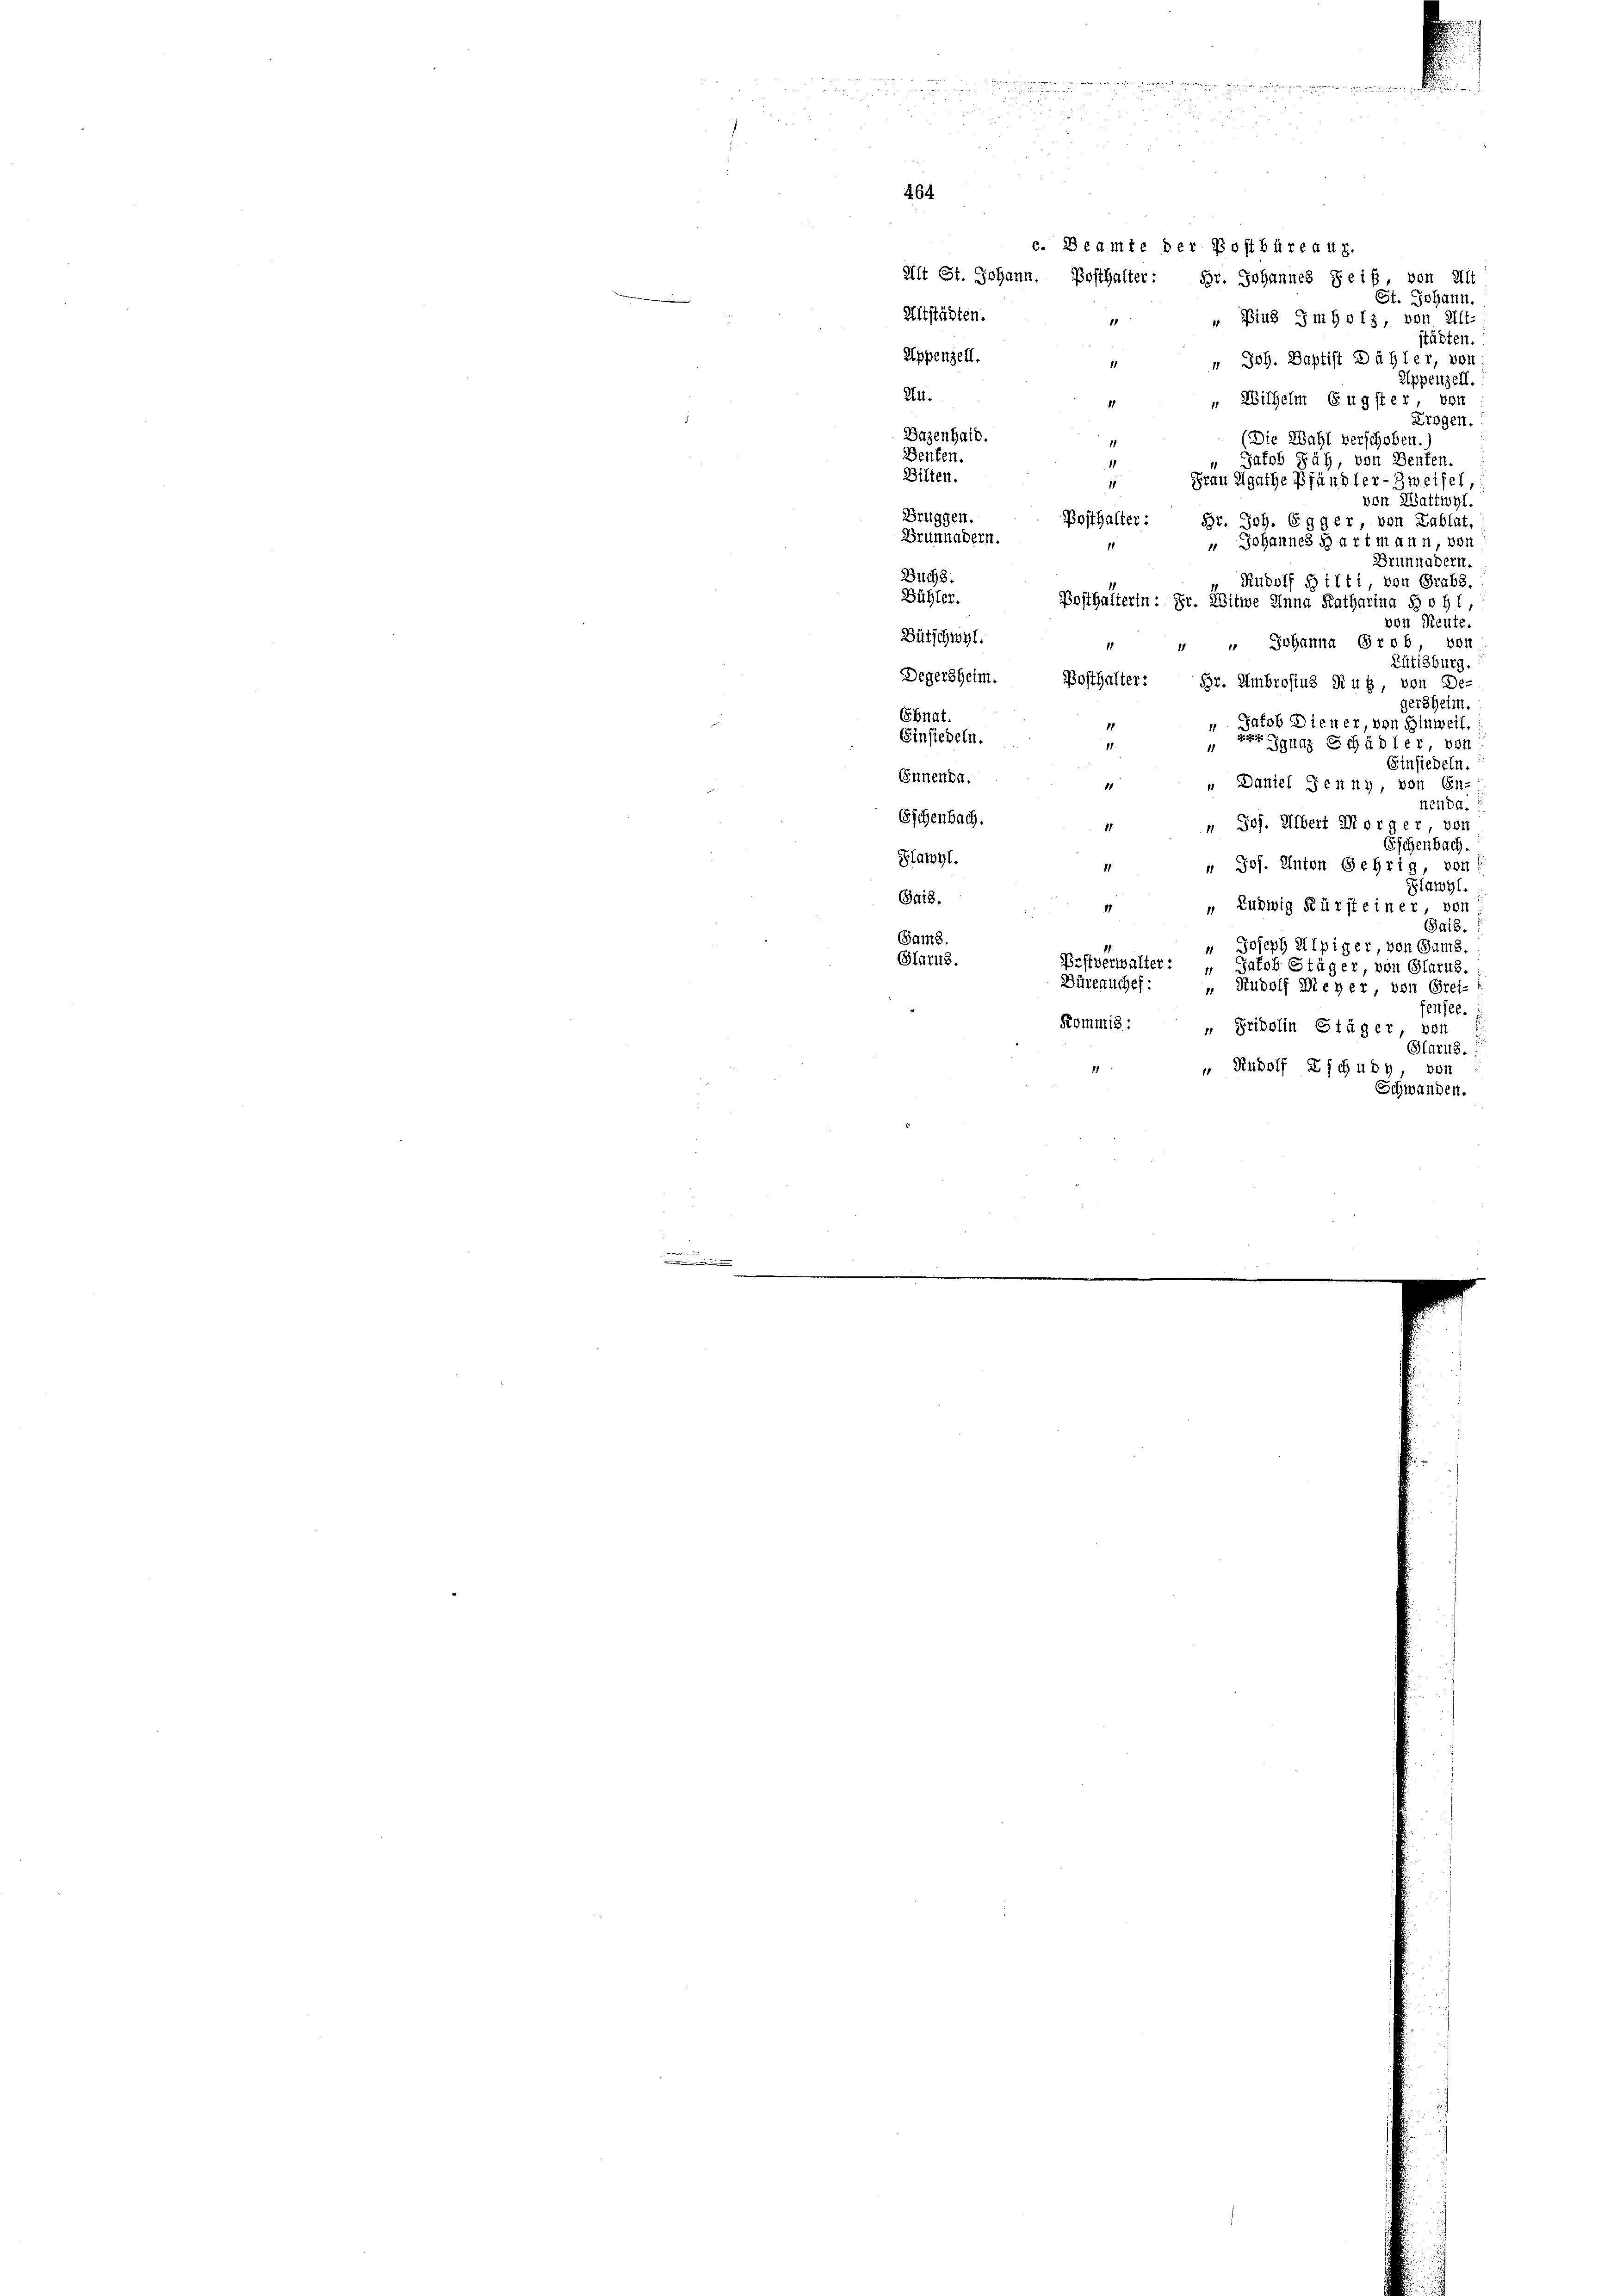
.
.
n
.

464
c. Beamte der Postbüreau.
Alt St. Johann. Bosthalter: Hr. Johannes Seif, von Alt
St. Johann.
Altstädten.
„ Binz Imholz, von Alt-
11

städten.
Appenzell.
" Joh. Baptist Dähler, von
11
Appenzell.
24.
"Wilhelm Eugster von
Erogen.
Bazenhaib.
(Die Wahl verschoben.)
Benten.
 Jakob Säh, von Benten.
Bilten.
Frau Agathe Pfändler-Zweifel,
von Wattwyl.
Bruggen.
Pesthalter:
Br. Joh. Egger, von Lablat,
Brünnadern.
 Johannes Hartmann, von
Brunnadern.
Buchs.
Rudolf Hilti, von Grabs.
Bühler.
Posthaltern: Fr. Witwe Anna Katharina Bohl
von Reute.
Bütschwyl.
 " Johanna Grob von
Zütigburg.
Degersheim.
Bosthalter: Br. Umbrostus Ruh, von De-
gersheim.
Ebnat.
u
Jakob Diener, von Hinweil.
11
Einsiedeln.
 Ignaz Schädler, von
11
Einsiedeln.
Innenba
„ Daniel Senny, von En-
1
n
nend.
Eschenbach.
 Jos. Albert Morger, von
1
Sichenbach.
Flawyl.
 Jos. Anton Gehrig, von
1
Flawyl.
Sais.
 Ludwig Kürsteiner, von
11
Sa18.
Sam8.
 Joseph Alpiger, von Gams.
Glarus.
Prstverwalter:
Jakob Stäger, von Glarus.
Büreauches:
“ Rudolf Meyer, von Grei-
fensee.
Kommis: „Pridolin Stäger, von
Glarus.
 Rudolf Zschuby, von
1
Schwanden.